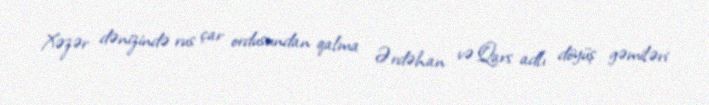
Xəzər dənizində rus çar ordusundan qalma Ərdəhan və Qars adlı döyüş gəmiləri